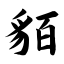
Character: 貊